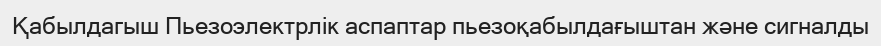
Қабылдагыш Пьезоэлектрлік аспаптар пьезоқабылдағыштан және сигналды